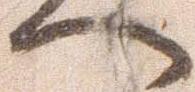
へ